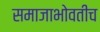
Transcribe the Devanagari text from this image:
समाजाभोवतीच